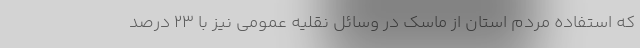
که استفاده مردم استان از ماسک در وسائل نقلیه عمومی نیز با 23 درصد